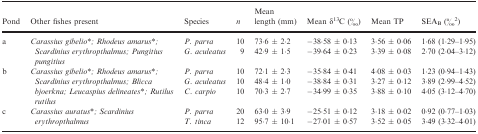
<table><thead><tr><td><b>Pond</b></td><td><b>Other fishes present</b></td><td><b>Species</b></td><td><b><i>n</i></b></td><td><b>Mean length (mm)</b></td><td><b>Mean δ<sup>13</sup>C (‰)</b></td><td><b>Mean TP</b></td><td><b>SEA<sub>B</sub> (‰<sup>2</sup>)</b></td></tr></thead><tbody><tr><td rowspan="2">a</td><td rowspan="2"><i>Carassius gibelio</i>a<i>; Rhodeus amarus</i>a<i>; Scardinius erythropthalmus; Pungitius pungitius</i></td><td><i>P</i>. <i>parva</i></td><td>10</td><td>73·6 ± 2·2</td><td>−38·58 ± 0·13</td><td>3·56 ± 0·06</td><td>1·68 (1·29–1·95)</td></tr><tr><td><i>G</i>.<i> aculeatus</i></td><td>9</td><td>42·9 ± 1·5</td><td>−39·64 ± 0·23</td><td>3·39 ± 0·08</td><td>2·70 (2·04–3·12)</td></tr><tr><td rowspan="3">b</td><td rowspan="3"><i>Carassius gibelio</i>a<i>; Rhodeus amarus</i>a<i>; Scardinius erythropthalmus; Blicca bjoerkna; Leucaspius delineates</i>a<i>; Rutilus rutilus</i></td><td><i>P</i>.<i> parva</i></td><td>10</td><td>72·1 ± 2·3</td><td>−35·84 ± 0·41</td><td>4·08 ± 0·03</td><td>1·23 (0·94–1·43)</td></tr><tr><td><i>G</i>.<i> aculeatus</i></td><td>10</td><td>48·4 ± 1·0</td><td>−38·84 ± 0·31</td><td>3·27 ± 0·12</td><td>3·89 (2·99–4·52)</td></tr><tr><td><i>C</i>.<i> carpio</i></td><td>10</td><td>70·3 ± 2·7</td><td>−34·99 ± 0·35</td><td>3·88 ± 0·10</td><td>4·05 (3·12–4·70)</td></tr><tr><td rowspan="2">c</td><td rowspan="2"><i>Carassius auratus</i>a<i>; Scardinius erythropthalmus</i></td><td><i>P</i>.<i> parva</i></td><td>20</td><td>63·0 ± 3·9</td><td>−25·51 ± 0·12</td><td>3·18 ± 0·02</td><td>0·92 (0·77–1·03)</td></tr><tr><td><i>T</i>.<i> tinca</i></td><td>12</td><td>95·7 ± 10·1</td><td>−27·01 ± 0·57</td><td>3·52 ± 0·05</td><td>3·49 (3·32–4·01)</td></tr></tbody></table>